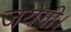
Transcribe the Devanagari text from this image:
जयेगी।